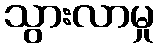
သွားလာမှု